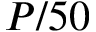
P / 5 0